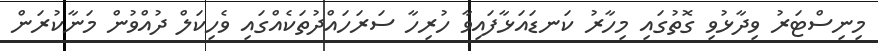
މިނިސްޓަރު ވިދާޅުވި ގޮތުގައި މިހާރު ކަނޑައަޅާފައިވާ ހުރިހާ ސަރަހައްދުތަކެއްގައި ވެހިކަލް ދުއްވުން މަނާކުރަން